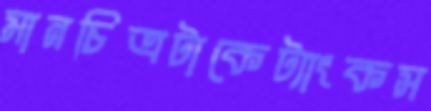
মানচিত্রটাকেট্যাংকস